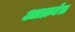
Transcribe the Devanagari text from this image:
आक्रांत्र